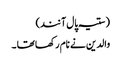
( ستیہ پال آنند)
والدین نے نام رکھا تھا ۔